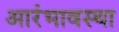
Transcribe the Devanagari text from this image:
आरंभावस्था